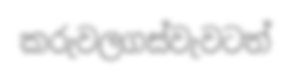
කරුවලගස්වැවටත්